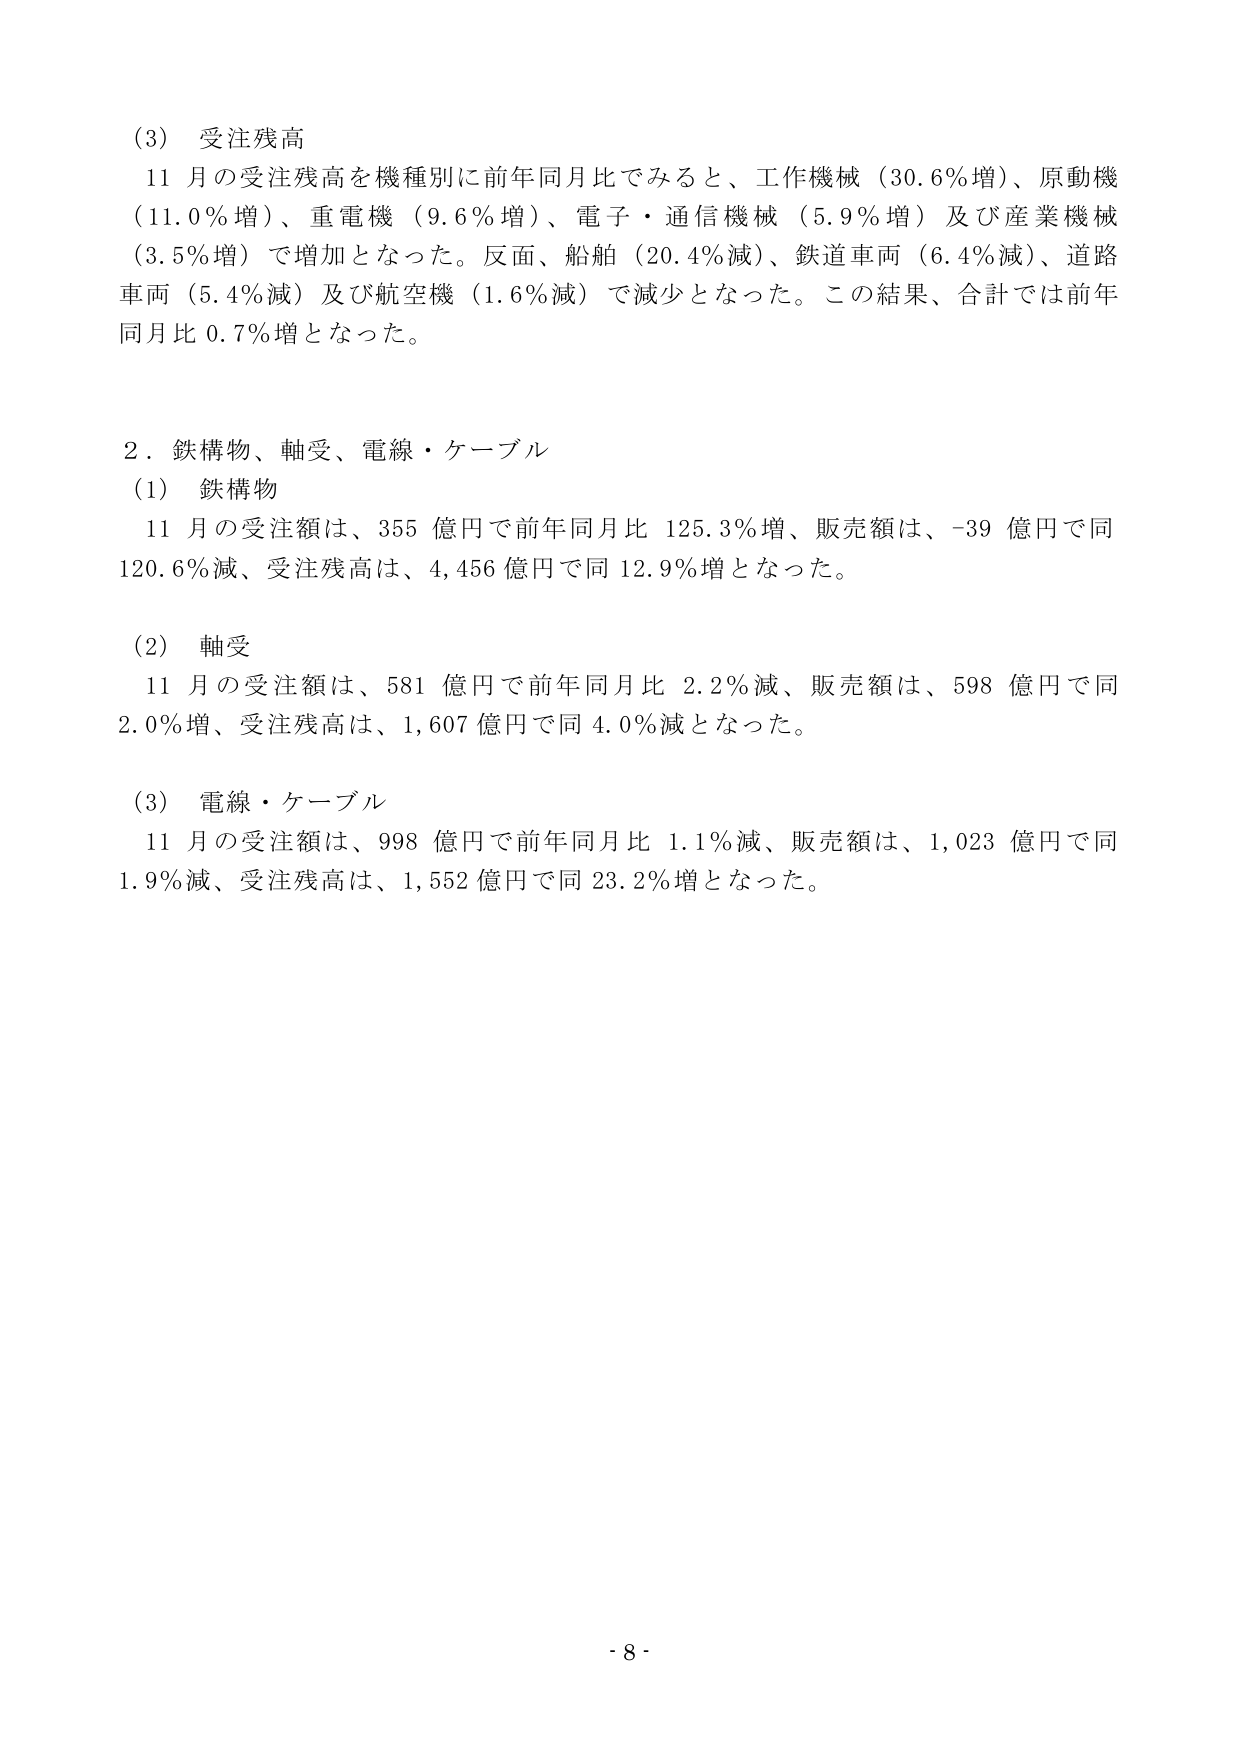
(3) 受注残高
11月の受注残高を機種別に前年同月比でみると、工作機械（30.6％増）、原動機（11.0％増）、重電機（9.6％増）、電子・通信機械（5.9％増）及び産業機械（3.5％増）で増加となった。反面、船舶（20.4％減）、鉄道車両（6.4％減）、道路車両（5.4％減）及び航空機（1.6％減）で減少となった。この結果、合計では前年同月比0.7％増となった。

2．鉄構物、軸受、電線・ケーブル
(1) 鉄構物
11月の受注額は、355億円で前年同月比125.3％増、販売額は、-39億円で同120.6％減、受注残高は、4,456億円で同12.9％増となった。

(2) 軸受
11月の受注額は、581億円で前年同月比2.2％減、販売額は、598億円で同2.0％増、受注残高は、1,607億円で同4.0％減となった。

(3) 電線・ケーブル
11月の受注額は、998億円で前年同月比1.1％減、販売額は、1,023億円で同1.9％減、受注残高は、1,552億円で同23.2％増となった。

- 8 -